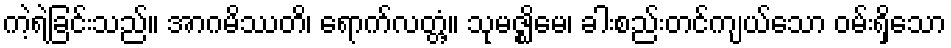
ကဲ့ရဲ့ခြင်းသည်။ အာဂမိဿတိ၊ ရောက်လတ္တံ့။ သုမဇ္ဈိမေ၊ ခါးစည်းတင်ကျယ်သော ဝမ်းရှိသော